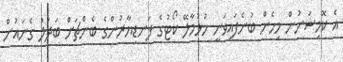
އެ ކޮމިޝަނުން މިހެން ބުނެފައިވަނީ ހުޅުމާލޭ ކޯޓުގެ ފަނޑިޔާރުންގެ ބެންޗަށް ބަދަލު ގެނައުން